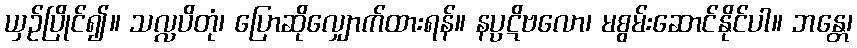
ယှဉ်ပြိုင်၍။ သလ္လပိတုံ၊ ပြောဆိုလျှောက်ထားရန်။ နပ္ပဋိဗလော၊ မစွမ်းဆောင်နိုင်ပါ။ ဘန္တေ၊